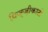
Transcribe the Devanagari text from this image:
पिज्ज़ीकाटो